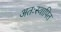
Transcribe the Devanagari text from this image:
अतःस्थापित